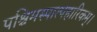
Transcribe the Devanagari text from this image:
पश्चिमस्पात्पहारिकम्।